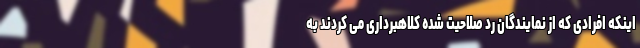
اینکه افرادی که از نمایندگان رد صلاحیت شده کلاهبرداری می کردند به